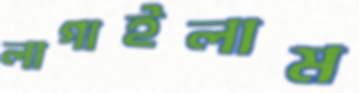
লাগাইলাম